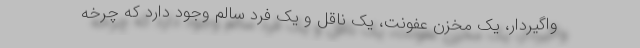
واگیردار، یک مخزن عفونت، یک ناقل و یک فرد سالم وجود دارد که چرخه